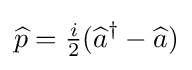
{\widehat {p}}={\tfrac {i}{2}}({\widehat {a}}^{\dagger }-{\widehat {a}})